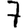
Digit: 7